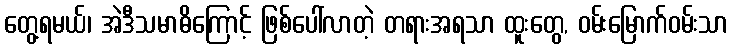
တွေ့ရမယ်၊ အဲဒီသမာဓိကြောင့် ဖြစ်ပေါ်လာတဲ့ တရားအရသာ ထူးတွေ, ဝမ်းမြောက်ဝမ်းသာ